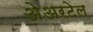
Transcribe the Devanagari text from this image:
अेअरटेल